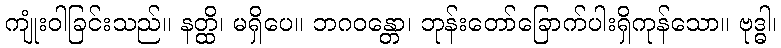
ကျုံးဝါခြင်းသည်။ နတ္ထိ၊ မရှိပေ။ ဘဂဝန္တော၊ ဘုန်းတော်ခြောက်ပါးရှိကုန်သော။ ဗုဒ္ဓါ၊